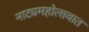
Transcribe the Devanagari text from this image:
नाट्यमहोत्सवात